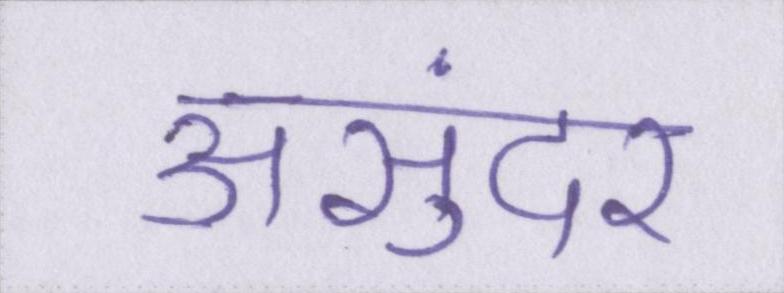
असुंदर